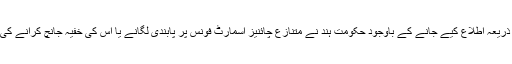
لیکن ہندوستانی فضائیہ کے ذریعہ اطلاع کیے جانے کے باوجود حکومت ہند نے متنازع چائنیز اسمارٹ فونس پر پابندی لگانے یا اس کی خفیہ جانچ کرانے کی ضرورت نہیںمحسوس کی۔